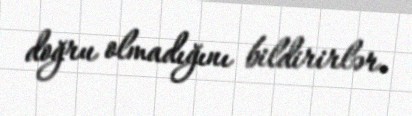
doğru olmadığını bildirirlər.